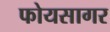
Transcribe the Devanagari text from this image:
फोयसागर